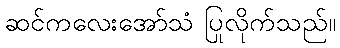
ဆင်ကလေးအော်သံ ပြုလိုက်သည်။